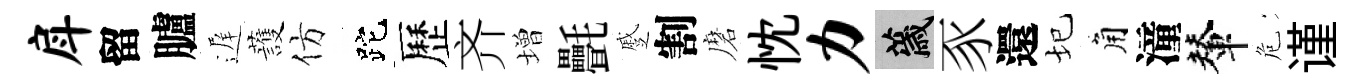
戽留臚遅䕶仿跎歷齐増㲲蹙割磨忱力薉豕還圮角潼輦危谨